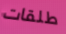
طلقات